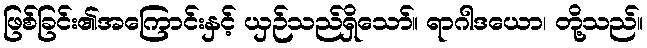
ဖြစ်ခြင်း၏အကြောင်းနှင့် ယှဉ်သည်ရှိသော်။ ရာဂါဒယော၊ တို့သည်။